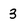
Character: 3